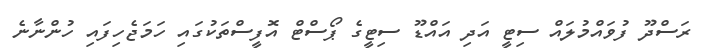
ރަސްދޫ ފުވައްމުލައް ސިޓީ އަދި އައްޑޫ ސިޓީގެ ޕޯސްޓް އޮފީސްތަކުގައި ހަމަޖެހިފައި ހުންނާނެ